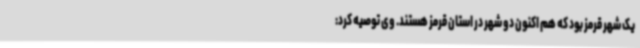
یک شهر قرمز بود که هم اکنون دو شهر در استان قرمز هستند. وی توصیه کرد: